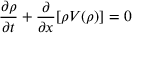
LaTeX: { \frac { \partial \rho } { \partial t } } + { \frac { \partial } { \partial x } } [ \rho V ( \rho ) ] = 0